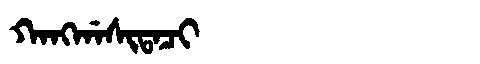
Manchu: ᡴᠠᠩᡤᠠᠰᡳᡨᠠᠴᡳ
Romanization: KANGGASITACI